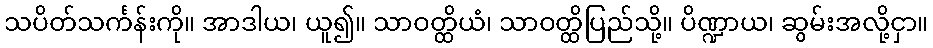
သပိတ်သင်္ကန်းကို။ အာဒါယ၊ ယူ၍။ သာဝတ္ထိယံ၊ သာဝတ္ထိပြည်သို့။ ပိဏ္ဍာယ၊ ဆွမ်းအလို့ငှာ။